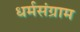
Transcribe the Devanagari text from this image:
धर्मसंग्राम